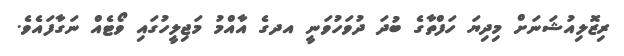
ރިޒޮލިއުޝަނަށް މިދިޔަ ހަފްތާގެ ބުދަ ދުވަހުވަނީ އދގެ އާއްމު މަޖިލީހުގައި ވޯޓެއް ނަގާފައެވެ.